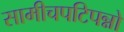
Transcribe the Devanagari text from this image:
सामीचपटिपन्नो